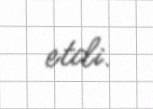
etdi.